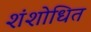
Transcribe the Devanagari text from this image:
शंशोधित